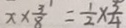
x \times \frac { 3 } { 8 } = \frac { 1 } { 2 } \times \frac { 3 } { 4 }